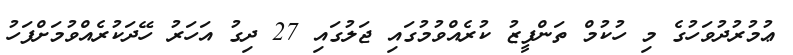
ޢުމުރުދުވަހުގެ މި ހުކުމް ތަންފީޒު ކުރެއްވުމުގައި ޖަލުގައި 27 ދިގު އަހަރު ހޭދަކުރެއްވުމަށްފަހު